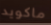
ماكويد